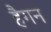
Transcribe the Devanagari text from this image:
हैगन